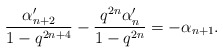
\begin{align*} \frac{\alpha_{n+2}'}{1-q^{2n+4}} - \frac{q^{2n}\alpha_n'}{1-q^{2n}} = -\alpha_{n+1}.\end{align*}